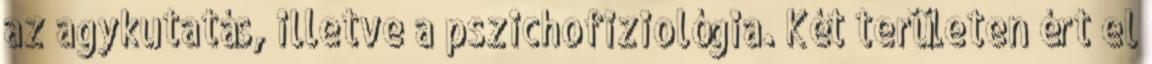
az agykutatás, illetve a pszichofiziológia. Két területen ért el